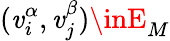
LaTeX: (\mathit{v}_{i}^{\alpha},\mathit{v}_{j}^{\beta})\inE_{M}